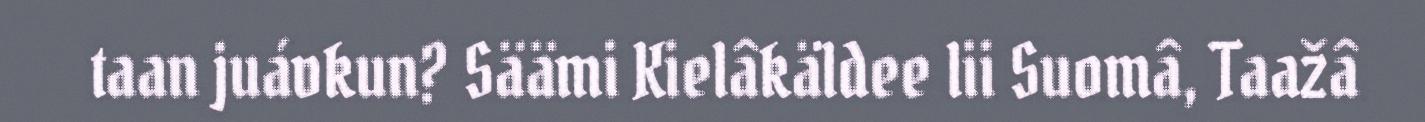
taan juávkun? Säämi Kielâkäldee lii Suomâ, Taažâ